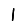
Digit: 1